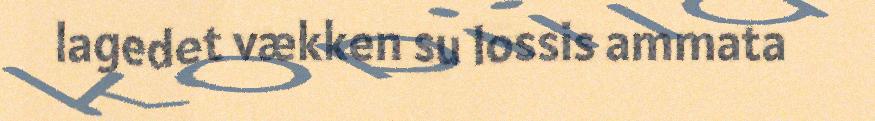
lagedet vækken su lossis ammata